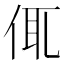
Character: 㑙